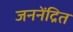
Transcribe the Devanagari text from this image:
जननेंद्रित